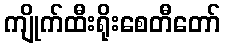
ကျိုက်ထီးရိုးစေတီတော်